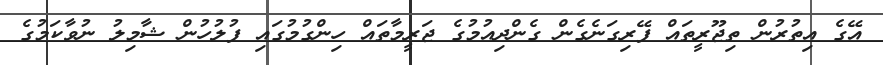
އޭގެ އިތުރުން ތިޖޫރީތައް ފޭރިގަނެގެން ގެންދިއުމުގެ ޖަރީމާތައް ހިންގުމުގައި ފުލުހުން ޝާމިލު ނުވާކަމުގެ